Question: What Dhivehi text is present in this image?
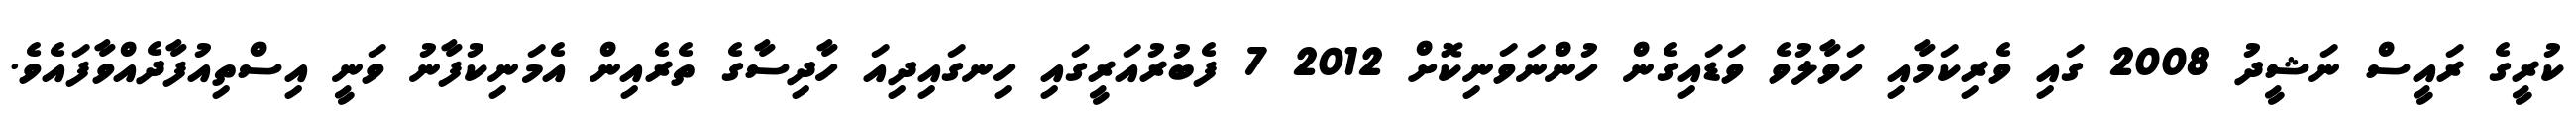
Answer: ކުރީގެ ރައީސް ނަޝީދު 2008 ގައި ވެރިކަމާއި ހަވާލުވެ ވަޑައިގެން ހުންނަވަނިކޮށް 2012 7 ފެބުރުއަރީގައި ހިނގައިދިއަ ހާދިސާގެ ތެރެއިން އެމަނިކުފާނު ވަނީ އިސްތިއުފާދެއްވާފައެވެ.